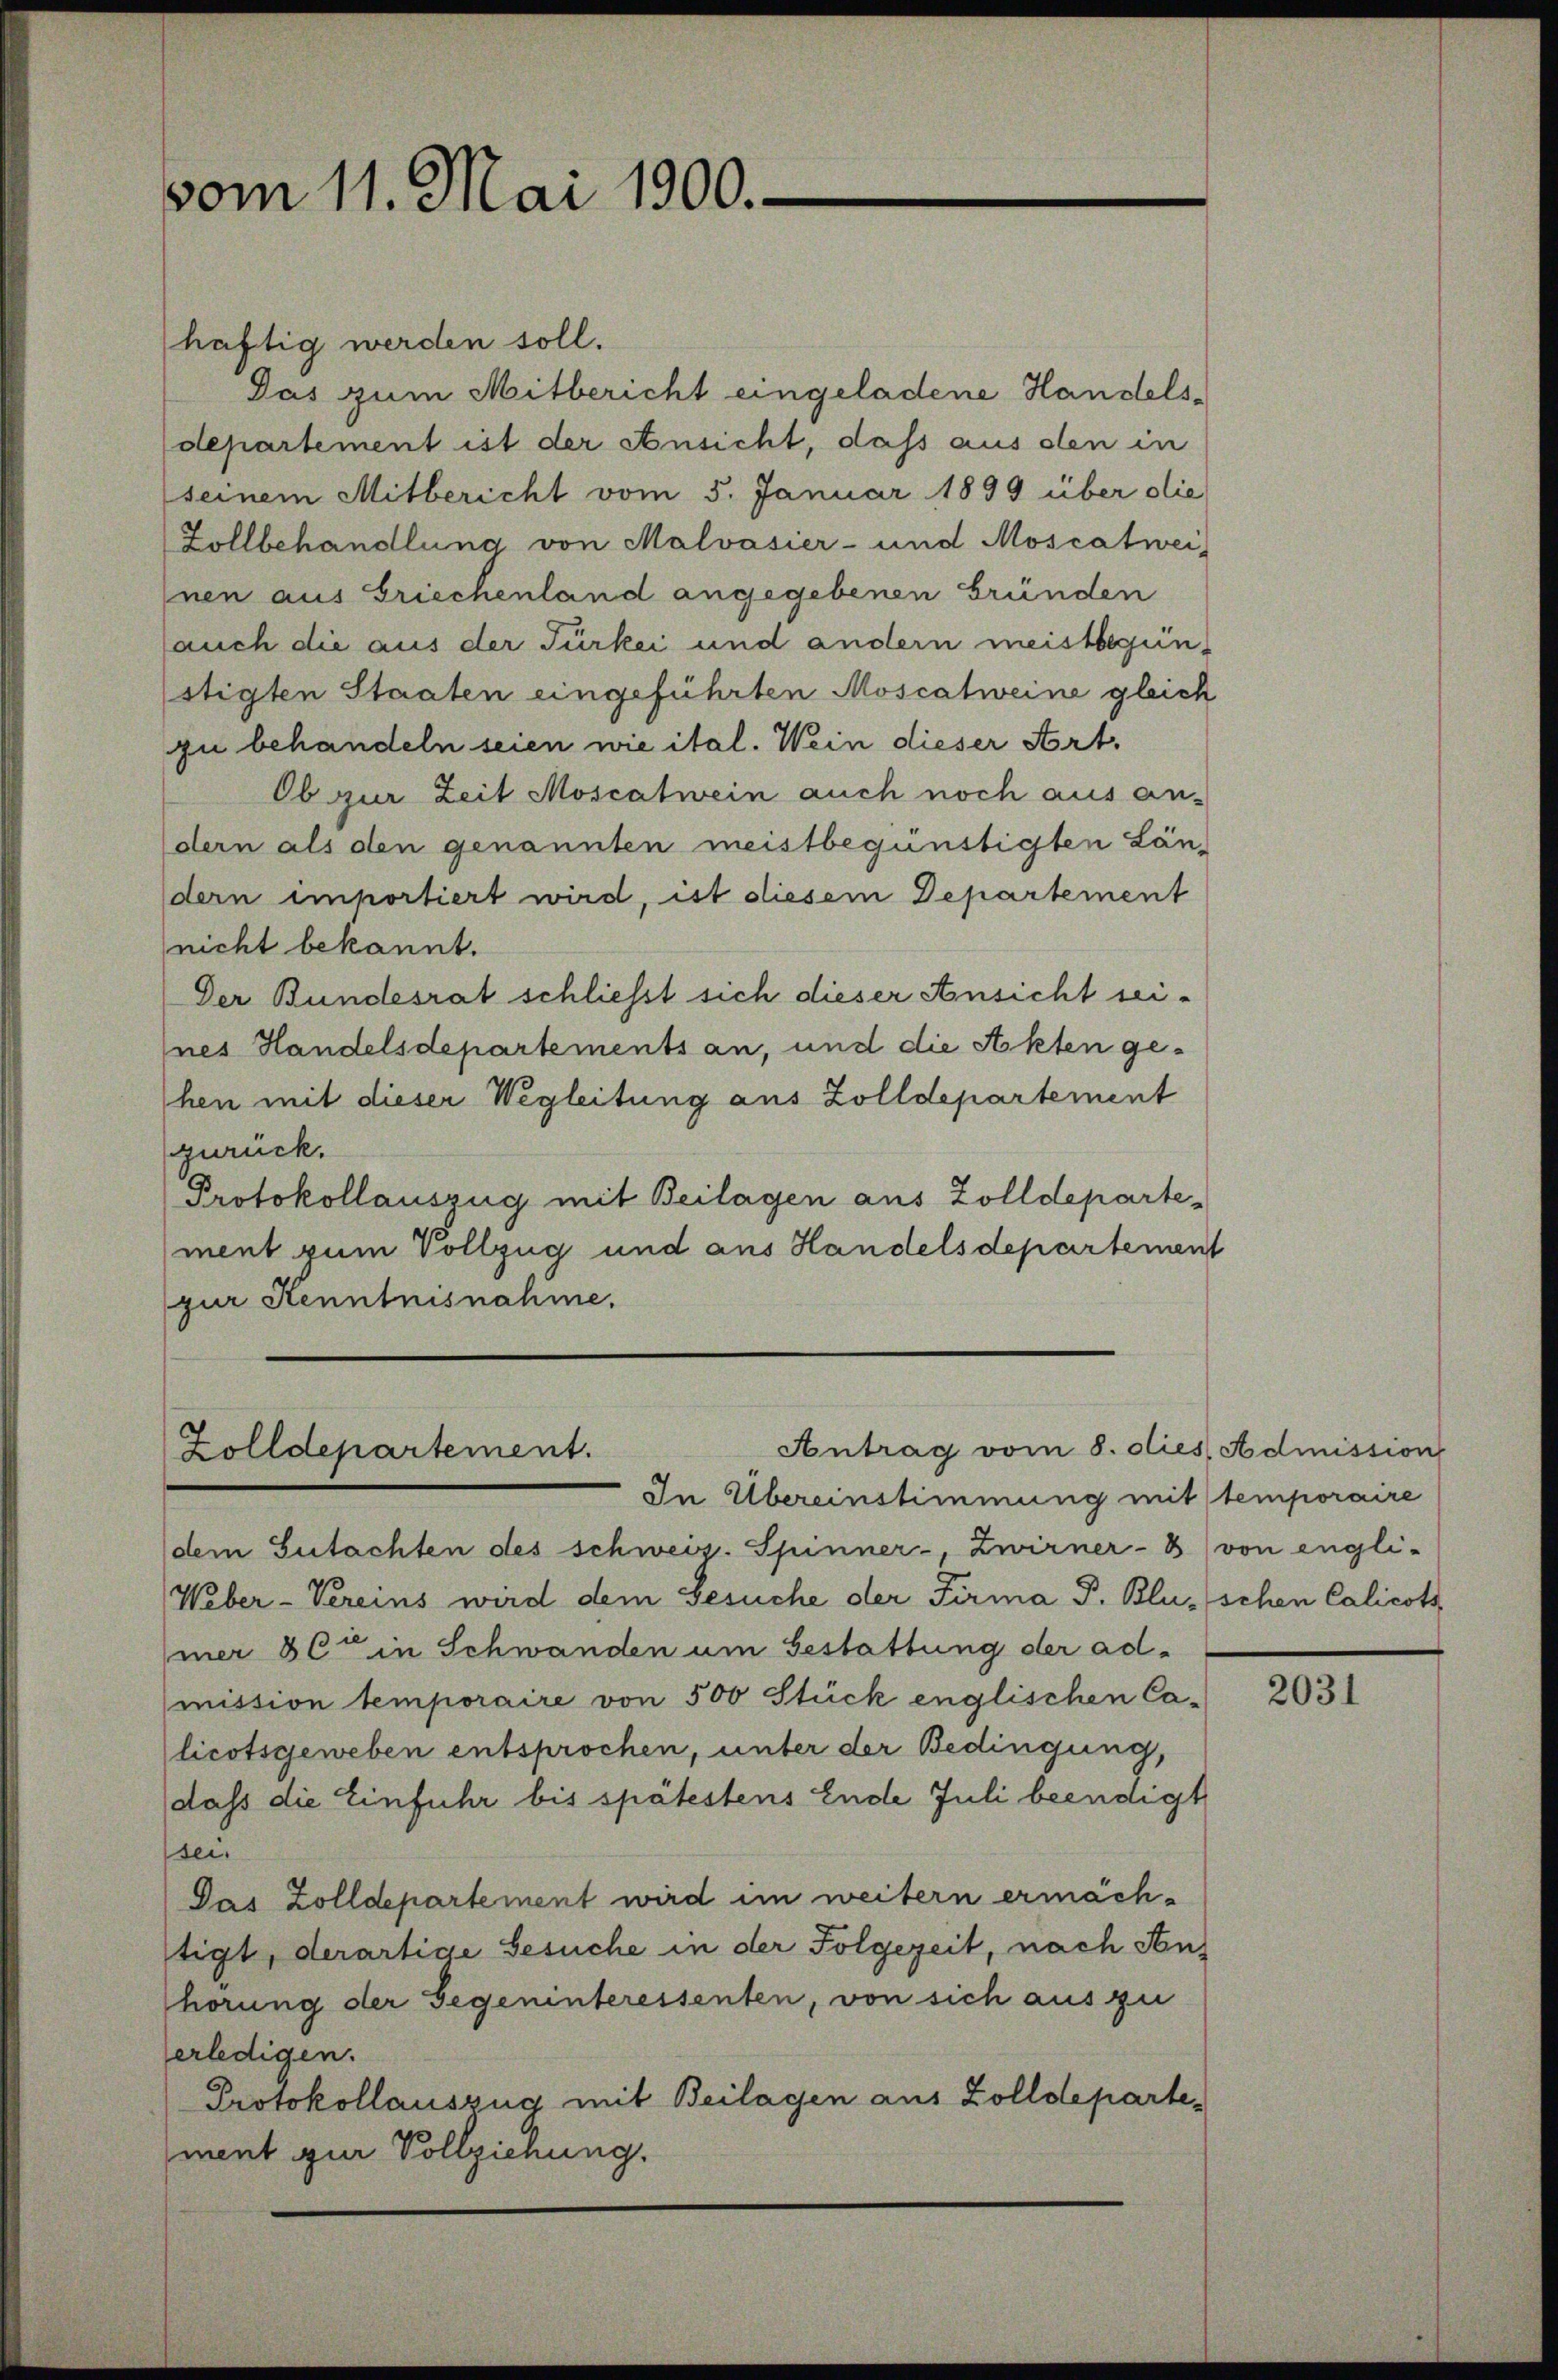
vom 11. Mai 1900.

Antrag vom 8. dies Admission
Zolldepartement.
In Übereinstimmung mit temporaire

häftig werden soll.
Das zum Mitbericht eingeladene Handelsdepartement ist der Ansicht, daß aus den in
seinem Mitbericht vom 5. Januar 1899 über die
Zollbehandlung von Malvasier- und Moscatwei
nen aus Griechenland angegebenen Gründen
auch die aus der Türkei und andern meistbegün-
stigten Staaten eingeführten Moscatweine gleich
zu behandeln seien wie ital. Wein dieser Art.
Ob zur Zeit Moscatwein auch noch aus an-
dern als den genannten meistbegünstigten Ländern importiert wird, ist diesem Departement
nicht bekannt.
Der Bundesrat schliesst sich dieser Ansicht seines Handelsdepartements an, und die Akten gehen mit dieser Wegleitung aus Zolldepartement
zurück.
Protokollauszug mit Beilagen aus Zolldepartement zum Vollzug und aus Handelsdepartement
gur Kenntnisnahme.

dem Gutachten des schweiz. Spinner-, Zwirner - 3) von engli-
Weber-Vereins wird dem Gesuche der Firma P. Blunschen Calicots
mer 300 in Schwanden um Gestattung der admission temporaire von 500 Stück englischen Ca-
licotsgeweben entsprochen, unter der Bedingung,
dass die Einfuhr bis spätestens Ende Juli beendigt
sei.
Das Zolldepartement wird im weitern ermächstigt, derartige Besuche in der Folgezeit, nach Sonhörung der Gegeninteressenten, von sich aus zu
erledigen.
Protokollauszug mit Beilagen aus Zolldepartement zur Vollziehung.

2031